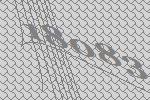
18083